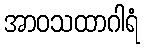
အာဝသထာဂါရံ